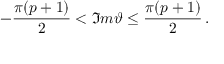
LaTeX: - \frac { \pi ( p + 1 ) } { 2 } < \Im m \vartheta \leq \frac { \pi ( p + 1 ) } { 2 } \, .